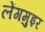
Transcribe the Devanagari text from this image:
लेंगमुइर